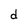
Character: d